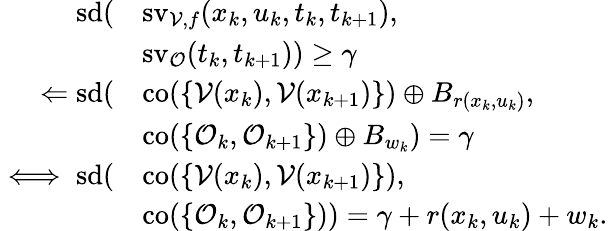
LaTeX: \begin{array}{rl}{\textup{sd}(}&{\textup{sv}_{\mathcal{V},f}(x_{k},u_{k},t_{k},t_{k+1}),}\\ &{\textup{sv}_{\mathcal{O}}(t_{k},t_{k+1}))\geq\gamma}\\ {\Leftarrow\textup{sd}(}&{\textup{co}(\{ \mathcal{V}(x_{k}),\mathcal{V}(x_{k+1})\} )\oplus B_{r(x_{k},u_{k})},}\\ &{\textup{co}(\{ \mathcal{O}_{k},\mathcal{O}_{k+1}\} )\oplus B_{w_{k}})=\gamma}\\ {\iff\textup{sd}(}&{\textup{co}(\{ \mathcal{V}(x_{k}),\mathcal{V}(x_{k+1})\} ),}\\ &{\textup{co}(\{ \mathcal{O}_{k},\mathcal{O}_{k+1}\} ))=\gamma+r(x_{k},u_{k})+w_{k}.}\end{array}